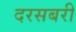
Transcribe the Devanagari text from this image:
दरसबरी